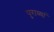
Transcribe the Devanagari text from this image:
पुराव्यां